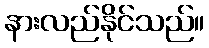
နားလည်နိုင်သည်။